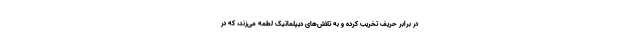
در برابر حریف تخریب کرده و به تلاش‌های دیپلماتیک لطمه می‌زند، که در